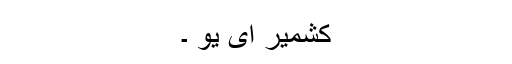
کشمیر ای یو ۔